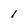
Character: l